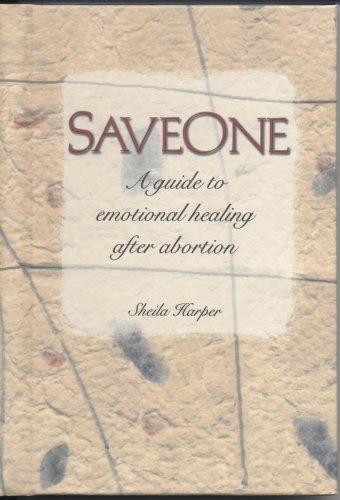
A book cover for Saveone (A Guide to Emotional Healing After Abortion); Sheila Harper; Politics & Social Sciences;